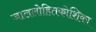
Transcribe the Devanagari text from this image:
जाललोहितकोशिका